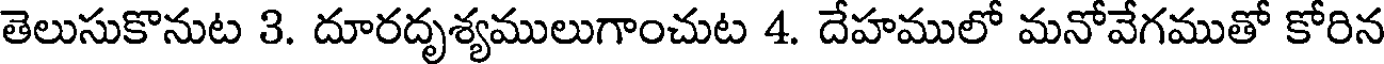
తెలుసుకొనుట 3. దూరదృశ్యములుగాంచుట 4. దేహములో మనోవేగముతో కోరిన